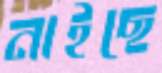
নাইছে